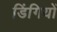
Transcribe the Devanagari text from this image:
डिंगियों